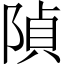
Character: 𨺟